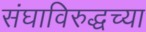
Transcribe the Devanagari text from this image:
संघाविरुद्धच्या